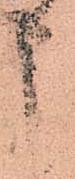
申